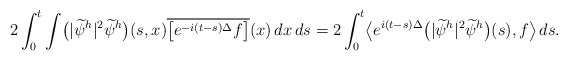
\begin{align*}2\int_0^{t} \int \bigl(|\widetilde\psi^h|^2\widetilde\psi^h\bigr)(s,x) \overline{\bigl[e^{-i(t-s)\Delta} f\bigr]}(x)\, dx\, ds =2\int_0^{t} \bigl\langle e^{i(t-s)\Delta}\bigl(|\widetilde\psi^h|^2\widetilde\psi^h\bigr)(s), f\bigr\rangle \, ds.\end{align*}